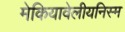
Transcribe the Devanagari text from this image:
मेकियावेलीयनिस्म